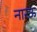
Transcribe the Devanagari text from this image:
नारऊ